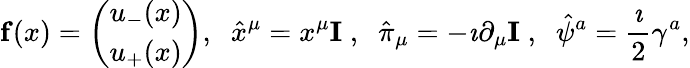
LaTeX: {\mathbf f}(x)=\left(\begin{array}{c}{{u_{-}(x)}}\\ {{u_{+}(x)}}\end{array}\right),\; \; \hat{x}^{\mu}=x^{\mu}{\mathbf I}\; ,\; \; \hat{\pi}_{\mu}=-\imath\partial_{\mu}{\mathbf I}\; ,\; \; \hat{\psi}^{a}=\frac{\imath}{2}\gamma^{a},